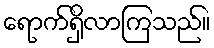
ရောက်ရှိလာကြသည်။